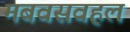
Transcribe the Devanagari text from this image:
मबवसवहल